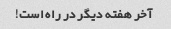
آخر هفته دیگر در راه است!